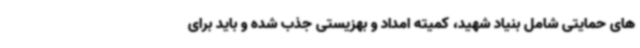
های حمایتی شامل بنیاد شهید، کمیته امداد و بهزیستی جذب شده و باید برای